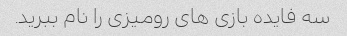
سه فایده بازی های رومیزی را نام ببرید.